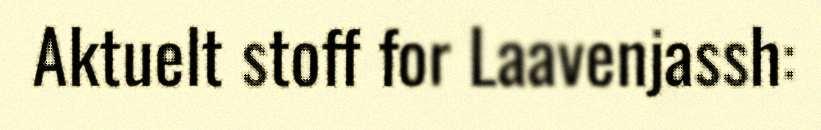
Aktuelt stoff for Laavenjassh: